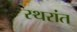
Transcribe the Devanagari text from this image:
स्थरांत